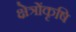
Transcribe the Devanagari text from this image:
क्षेत्रोंकृषि